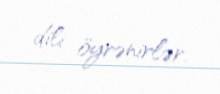
dili öyrənirlər.